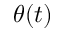
\theta ( t )